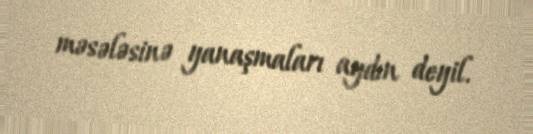
məsələsinə yanaşmaları aydın deyil.